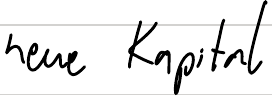
neue Kapital